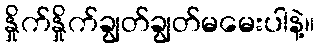
နှိုက်နှိုက်ချွတ်ချွတ်မမေးပါနဲ့။